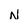
Character: N